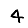
Digit: 4